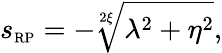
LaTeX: s_{\scriptscriptstyle{\mathrm{RP}}}=-\sqrt[2\xi]{\lambda^{2}+\eta^{2}},